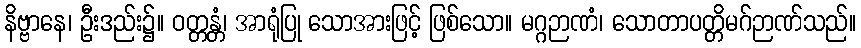
နိဗ္ဗာနေ၊ ဦးဒည်း၌။ ဝတ္တန္တံ၊ အာရုံပြု သောအားဖြင့် ဖြစ်သော။ မဂ္ဂဉာဏံ၊ သောတာပတ္တိမဂ်ဉာဏ်သည်။